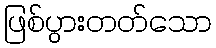
ဖြစ်ပွားတတ်သော